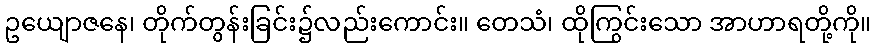
ဥယျောဇနေ၊ တိုက်တွန်းခြင်း၌လည်းကောင်း။ တေသံ၊ ထိုကြွင်းသော အာဟာရတို့ကို။